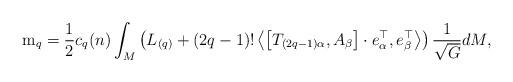
LaTeX: \begin{align*} \mathrm{m}_q = \frac{1}{2} c_q(n) \int_M \left(L_{(q)} + (2q-1)! \left\langle \left[ T_{(2q-1)\alpha}, A_{\beta} \right] \cdot e_{\alpha}^{\top}, e_{\beta}^\top \right\rangle \right) \frac{1}{\sqrt{G}} dM,\end{align*}